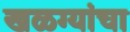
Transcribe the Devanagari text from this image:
खळग्यांचा